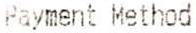
PAYMENT METHOD